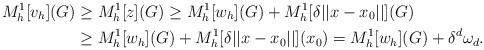
LaTeX: \begin{align*}M_h^1[v_h] (G) & \geq M_h^1[z] (G) \geq M_h^1[w_h] (G) + M_h^1[\delta ||x-x_0||] (G) \\& \geq M_h^1[w_h] (G) + M_h^1[\delta ||x-x_0||] (x_0)= M_h^1[w_h] (G) + \delta^d\omega_d.\end{align*}